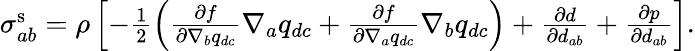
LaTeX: \begin{array}{r}{\sigma_{ab}^{\mathrm{s}}=\rho\left[-\frac{1}{2}\left(\frac{\partial f}{\partial\nabla_{b}q_{dc}}\nabla_{a}q_{dc}+\frac{\partial f}{\partial\nabla_{a}q_{dc}}\nabla_{b}q_{dc}\right)+\frac{\partial d}{\partial d_{ab}}+\frac{\partial p}{\partial d_{ab}}\right].}\end{array}